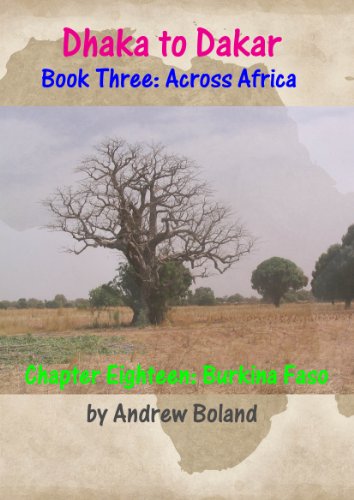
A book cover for Dhaka to Dakar: Across Africa - Chapter 18: Burkina Faso; Andrew Boland; Travel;